Annual administration report of the Civil Veterinary Department of India - 1896-1897
Year: 1896
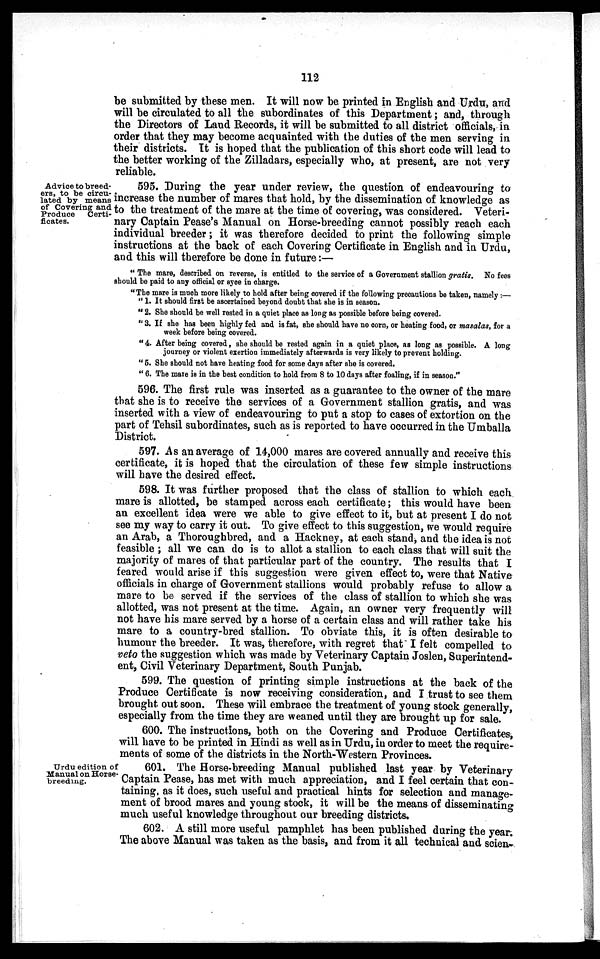
112
be submitted by these men. It will now be printed in English and Urdu, and
will be circulated to all the subordinates of this Department; and, through
the Directors of Land Records, it will be submitted to all district officials, in
order that they may become acquainted with the duties of the men serving in
their districts. It is hoped that the publication of this short code will lead to
the better working of the Zilladars, especially who, at present, are not very
reliable.
Advice to breed-
ers, to be circu-
lated by means
of Covering and
Produce
Certi-
ficates.
595. During the year under review, the question of endeavouring to
increase the number of mares that hold, by the dissemination of knowledge as
to the treatment of the mare at the time of covering, was considered. Veteri-
nary Captain Pease's Manual on Horse-breeding cannot possibly reach each
individual breeder; it was therefore decided to print the following simple
instructions at the back of each Covering Certificate in English and in Urdu,
and this will therefore be done in future:—
" The mare, described on reverse, is entitled to the service of a Government stallion gratis.
No fees
should be paid to any official or syce in charge.
"The mare is much more likely to hold after being covered if the following precautions be taken, namely :—
" 1. It should first be ascertained beyond doubt that she is in season.
" 2. She should be well rested in a quiet place as long as possible before being covered.
"3. If she has been highly fed and is fat, she should have no corn, or heating food, or masalas, for a
week before being covered.
"4. After being covered, she should be rested again in a quiet place, as long as possible. A long
journey or violent exertion immediately afterwards is very likely to prevent holding.
"5. She should not have heating food for some days after she is covered.
" 6. The mare is in the best condition to hold from 8 to 10 days after foaling, if in season."
596. The first rule was inserted as a guarantee to the owner of the mare
that she is to receive the services of a Government stallion gratis, and was
inserted with a view of endeavouring to put a stop to cases of extortion on the
part of Tehsil subordinates, such as is reported to have occurred in the Umballa
District.
597. As an average of 14,000 mares are covered annually and receive this
certificate, it is hoped that the circulation of these few simple instructions
will have the desired effect.
598. It was further proposed that the class of stallion to which each
mare is allotted, be stamped across each certificate; this would have been
an excellent idea were we able to give effect to it, but at present I do not
see my way to carry it out. To give effect to this suggestion, we would require
an Arab, a Thoroughbred, and a Hackney, at each stand, and the idea is not
feasible; all we can do is to allot a stallion to each class that will suit the
majority of mares of that particular part of the country. The results that I
feared would arise if this suggestion were given effect to, were that Native
officials in charge of Government stallions would probably refuse to allow a
mare to be served if the services of the class of stallion to which she was
allotted, was not present at the time. Again, an owner very frequently will
not have his mare served by a horse of a certain class and will rather take his
mare to a country-bred stallion. To obviate this, it is often desirable to
humour the breeder. It was, therefore, with regret that I felt compelled to
veto the suggestion which was made by Veterinary Captain Joslen, Superintend-
ent, Civil Veterinary Department, South Punjab.
599. The question of printing simple instructions at the back of the
Produce Certificate is now receiving consideration, and I trust to see them
brought out soon. These will embrace the treatment of young stock generally,
especially from the time they are weaned until they are brought up for sale.
600. The instructions, both on the Covering and Produce Certificates,
will have to be printed in Hindi as well as in Urdu, in order to meet the require-
ments of some of the districts in the North-Western Provinces.
Urdu edition of
Manual on Horse-
breeding.
601. The Horse-breeding Manual published last year by Veterinary
Captain Pease, has met with much appreciation, and I feel certain that con-
taining, as it does, such useful and practical hints for selection and manage-
ment of brood mares and young stock, it will be the means of disseminating
much useful knowledge throughout our breeding districts.
602. A still more useful pamphlet has been published during the year.
The above Manual was taken as the basis, and from it all technical and scien-